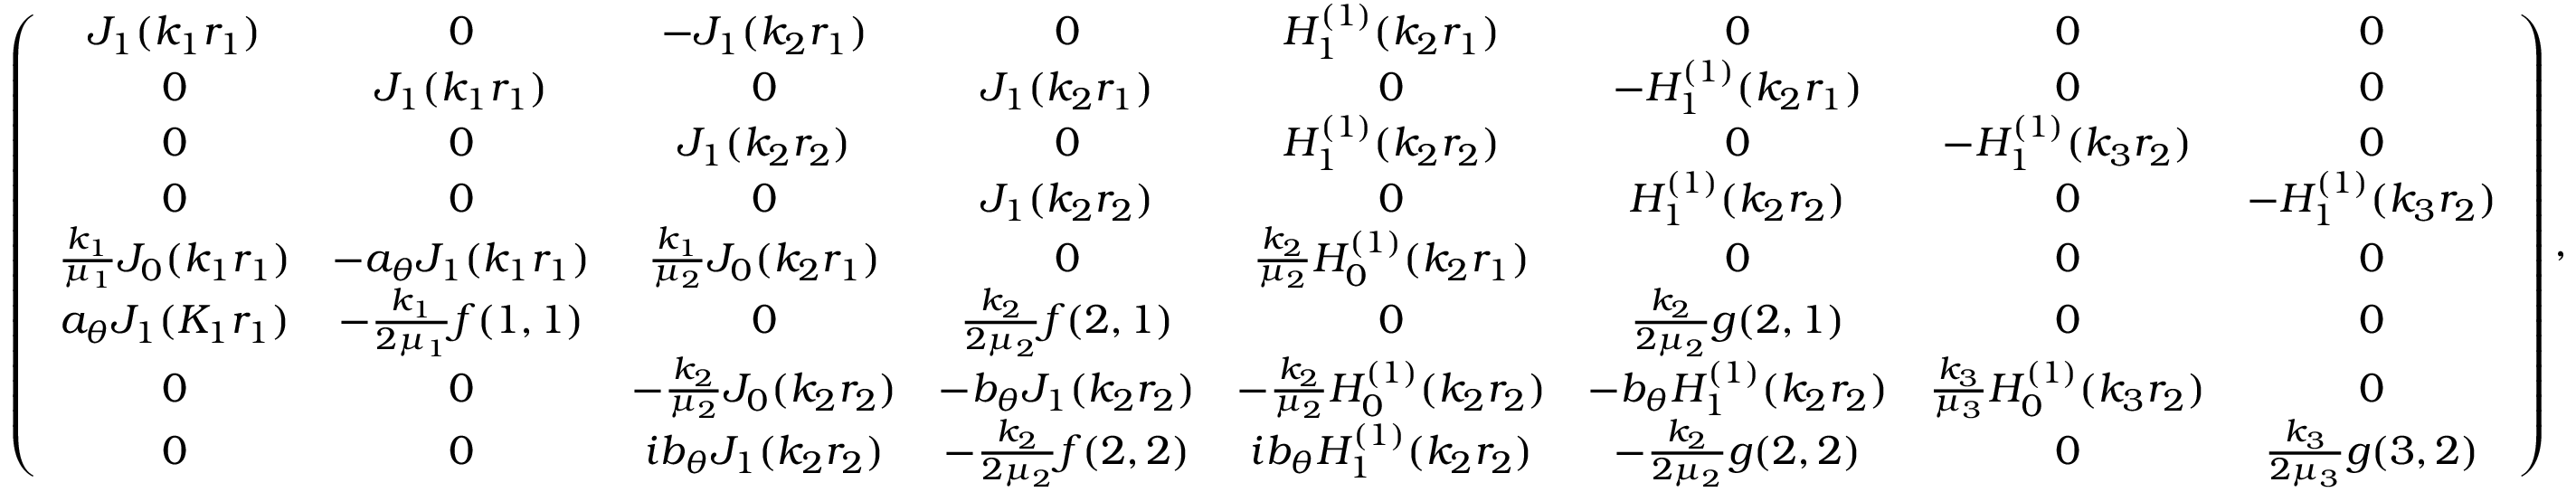
\left( \begin{array} { c c c c c c c c } { J _ { 1 } ( k _ { 1 } r _ { 1 } ) } & { 0 } & { - J _ { 1 } ( k _ { 2 } r _ { 1 } ) } & { 0 } & { H _ { 1 } ^ { ( 1 ) } ( k _ { 2 } r _ { 1 } ) } & { 0 } & { 0 } & { 0 } \\ { 0 } & { J _ { 1 } ( k _ { 1 } r _ { 1 } ) } & { 0 } & { J _ { 1 } ( k _ { 2 } r _ { 1 } ) } & { 0 } & { - H _ { 1 } ^ { ( 1 ) } ( k _ { 2 } r _ { 1 } ) } & { 0 } & { 0 } \\ { 0 } & { 0 } & { J _ { 1 } ( k _ { 2 } r _ { 2 } ) } & { 0 } & { H _ { 1 } ^ { ( 1 ) } ( k _ { 2 } r _ { 2 } ) } & { 0 } & { - H _ { 1 } ^ { ( 1 ) } ( k _ { 3 } r _ { 2 } ) } & { 0 } \\ { 0 } & { 0 } & { 0 } & { J _ { 1 } ( k _ { 2 } r _ { 2 } ) } & { 0 } & { H _ { 1 } ^ { ( 1 ) } ( k _ { 2 } r _ { 2 } ) } & { 0 } & { - H _ { 1 } ^ { ( 1 ) } ( k _ { 3 } r _ { 2 } ) } \\ { \frac { k _ { 1 } } { \mu _ { 1 } } J _ { 0 } ( k _ { 1 } r _ { 1 } ) } & { - a _ { \theta } J _ { 1 } ( k _ { 1 } r _ { 1 } ) } & { \frac { k _ { 1 } } { \mu _ { 2 } } J _ { 0 } ( k _ { 2 } r _ { 1 } ) } & { 0 } & { \frac { k _ { 2 } } { \mu _ { 2 } } H _ { 0 } ^ { ( 1 ) } ( k _ { 2 } r _ { 1 } ) } & { 0 } & { 0 } & { 0 } \\ { a _ { \theta } J _ { 1 } ( K _ { 1 } r _ { 1 } ) } & { - \frac { k _ { 1 } } { 2 \mu _ { 1 } } f ( 1 , 1 ) } & { 0 } & { \frac { k _ { 2 } } { 2 \mu _ { 2 } } f ( 2 , 1 ) } & { 0 } & { \frac { k _ { 2 } } { 2 \mu _ { 2 } } g ( 2 , 1 ) } & { 0 } & { 0 } \\ { 0 } & { 0 } & { - \frac { k _ { 2 } } { \mu _ { 2 } } J _ { 0 } ( k _ { 2 } r _ { 2 } ) } & { - b _ { \theta } J _ { 1 } ( k _ { 2 } r _ { 2 } ) } & { - \frac { k _ { 2 } } { \mu _ { 2 } } H _ { 0 } ^ { ( 1 ) } ( k _ { 2 } r _ { 2 } ) } & { - b _ { \theta } H _ { 1 } ^ { ( 1 ) } ( k _ { 2 } r _ { 2 } ) } & { \frac { k _ { 3 } } { \mu _ { 3 } } H _ { 0 } ^ { ( 1 ) } ( k _ { 3 } r _ { 2 } ) } & { 0 } \\ { 0 } & { 0 } & { i b _ { \theta } J _ { 1 } ( k _ { 2 } r _ { 2 } ) } & { - \frac { k _ { 2 } } { 2 \mu _ { 2 } } f ( 2 , 2 ) } & { i b _ { \theta } H _ { 1 } ^ { ( 1 ) } ( k _ { 2 } r _ { 2 } ) } & { - \frac { k _ { 2 } } { 2 \mu _ { 2 } } g ( 2 , 2 ) } & { 0 } & { \frac { k _ { 3 } } { 2 \mu _ { 3 } } g ( 3 , 2 ) } \end{array} \right) ,